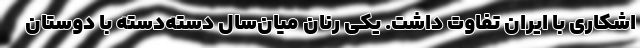
اشکاری با ایران تفاوت داشت. یکی رنان میان‌سال دسته‌دسته با دوستان